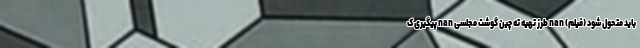
باید متحول شود (فیلم) nan طرز تهیه ته چین گوشت مجلسی nan پیگیری ک